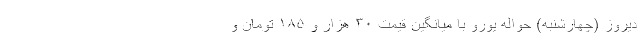
دیروز (چهارشنبه) حواله یورو با میانگین قیمت ۳۰ هزار و ۱۸۵ تومان و